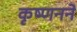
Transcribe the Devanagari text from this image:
कृष्णनने